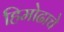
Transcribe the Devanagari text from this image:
हिमोढाचे